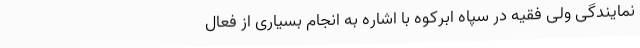
نمایندگی ولی فقیه در سپاه ابرکوه با اشاره به انجام بسیاری از فعال